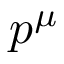
p ^ { \mu }